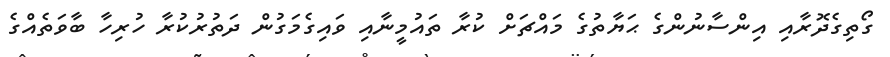
ގޯތިގެދޮރާއި އިންސާނުންގެ ޙަޔާތުގެ މައްޗަށް ކުރާ ތައުމީނާއި ވައިގެމަގުން ދަތުރުކުރާ ހުރިހާ ބާވަތެއްގެ